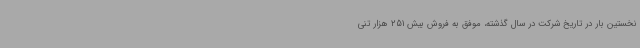
نخستین بار در تاریخ شرکت در سال گذشته، موفق به فروش بیش 251 هزار تنی